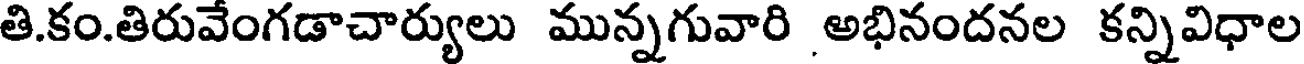
తి.కం.తిరువేంగడాచార్యులు మున్నగువారి అభినందనల కన్నివిధాల